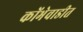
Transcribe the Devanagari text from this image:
कोंभेवाडीत